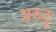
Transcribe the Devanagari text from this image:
अरुंदु